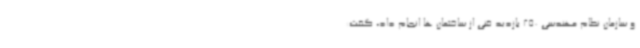
و سازمان نظام مهندسی 250 بازدید فنی از ساختمان ها انجام داد، گفت: